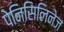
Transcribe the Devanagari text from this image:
पेनिसिलिनेज